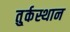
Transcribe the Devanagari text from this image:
तु्र्कस्थान